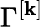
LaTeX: \Gamma^{[\mathbf{k}]}